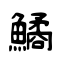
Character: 鱊